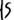
Text: S